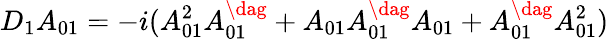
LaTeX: D_{1}A_{01}=-i(A_{01}^{2}A_{01}^{\dag}+A_{01}A_{01}^{\dag}A_{01}+A_{01}^{\dag}A_{01}^{2})